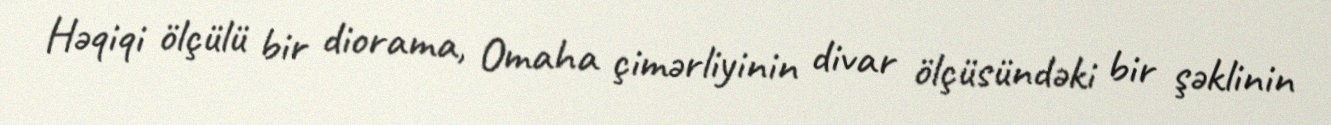
Həqiqi ölçülü bir diorama, Omaha çimərliyinin divar ölçüsündəki bir şəklinin